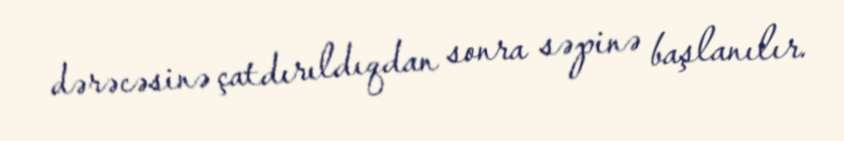
dərəcəsinə çatdırıldıqdan sonra səpinə başlanılır.